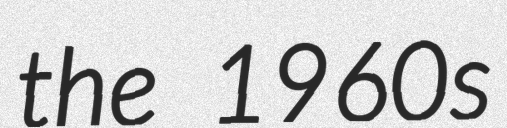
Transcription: the 1960s